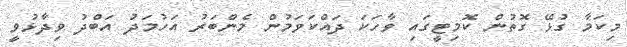
މިކަމާ ގުޅޭ ގޮތުން ކޮމިޓީގައި ވާހަކަ ދައްކަވަމުން މެންބަރު އަހުމަދު އަބްދު ވިދާޅުވީ